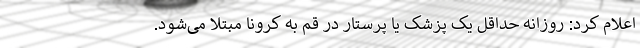
اعلام کرد: روزانه حداقل یک پزشک یا پرستار در قم به کرونا مبتلا می‌شود.